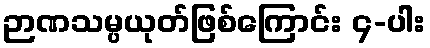
ဉာဏသမ္ပယုတ်ဖြစ်ကြောင်း ၄-ပါး